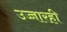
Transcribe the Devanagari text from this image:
उच्चारही